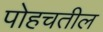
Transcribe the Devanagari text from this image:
पोहचतील